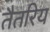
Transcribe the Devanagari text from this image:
तैतरिय